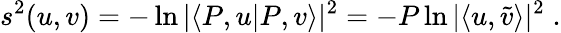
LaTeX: s^{2}(u,v)=-\ln|\langle P,u|P,v\rangle|^{2}=-P\ln|\langle u,\tilde{v}\rangle|^{2}\; .